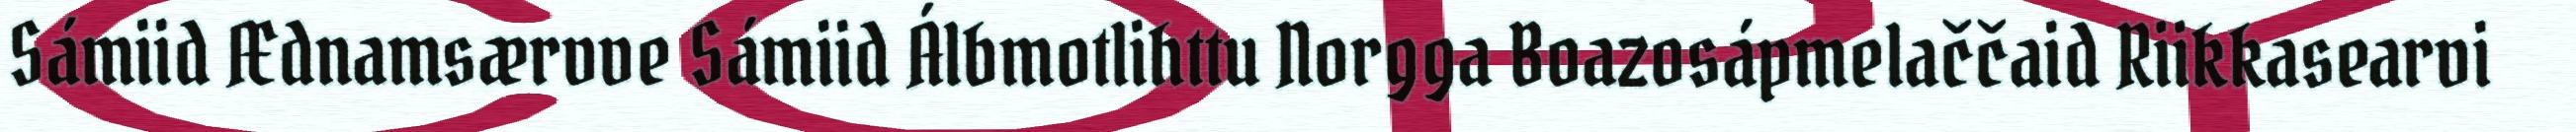
Sámiid Ædnamsærvve Sámiid Álbmotlihttu Norgga Boazosápmelaččaid Riikkasearvi